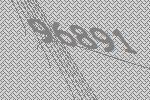
96891